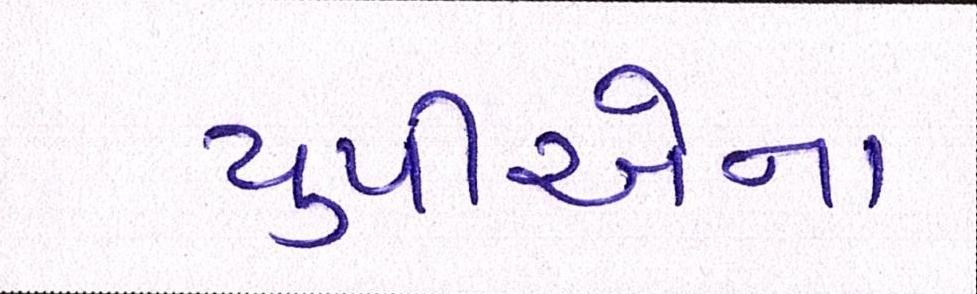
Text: યુપીએના